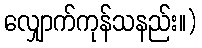
လျှောက်ကုန်သနည်း။)